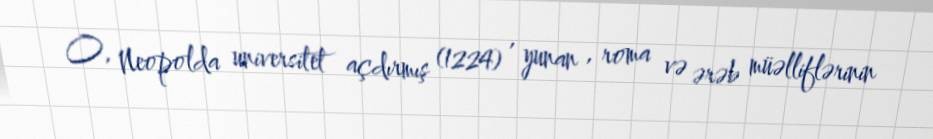
O, Neopolda universitet açdırmış (1224) , yunan , roma və ərəb müəlliflərinin